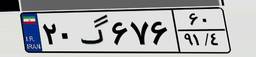
۴۱گ۹۶۶۳۳